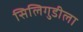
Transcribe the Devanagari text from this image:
सिलिगुडीला